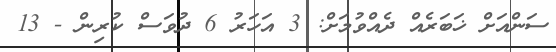
ސަންއަށް ޚަބަރެއް ދެއްވުމަށް: 3 އަހަރު 6 ދުވަސް ކުރިން - 13